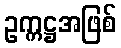
ဥက္ကဋ္ဌအဖြစ်